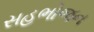
સહભોજન